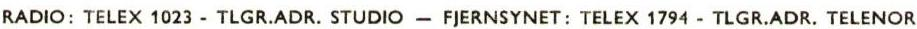
RADIO: TELEX 1023 - TLGR.ADR.STUDIO - FJERNSYNET: TELEX 1794 - TLGR.ADR. TELENOR